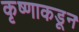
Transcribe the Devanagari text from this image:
कृष्णाकडून